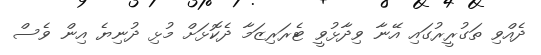
ދެއްވި ތަގުރީރުގައި އޭނާ ވިދާޅުވީ ޓެރަރިޒަމާ ދެކޮޅަށް މުޅި ދުނިޔެ އިން ވެސް